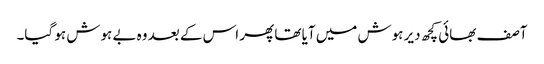
آصف بھائی کچھ دیر ہوش میں آیا تھا پھر اس کے بعد وہ بے ہوش ہو گیا۔